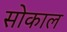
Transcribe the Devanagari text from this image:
सोकाल